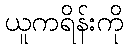
ယူကရိန်းကို